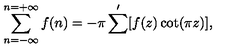
\sum _ { n = - \infty } ^ { n = + \infty } f ( n ) = - \pi \sum ^ { \prime } [ f ( z ) \cot ( \pi z ) ] ,